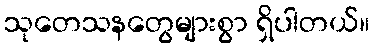
သုတေသနတွေများစွာ ရှိပါတယ်။